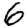
Digit: 6